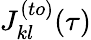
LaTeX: J_{kl}^{(to)}(\tau)